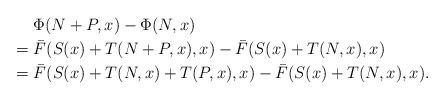
LaTeX: \begin{align*}\lefteqn{\Phi(N+P,x) - \Phi(N,x) }\\ = {} & \bar{F}(S(x)+T(N+P,x),x) - \bar{F}(S(x)+T(N,x),x) \\= {} & \bar{F}(S(x)+ T(N,x) + T(P,x),x) - \bar{F}(S(x)+T(N,x),x).\end{align*}